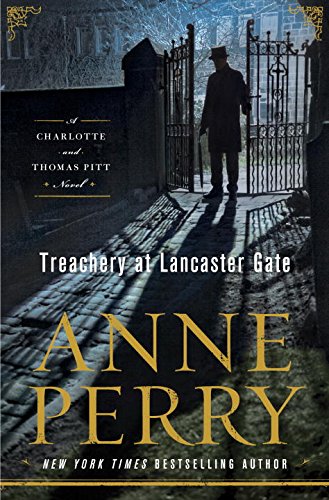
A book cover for Treachery at Lancaster Gate: A Charlotte and Thomas Pitt Novel; Anne Perry; Mystery, Thriller & Suspense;